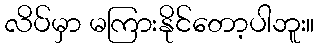
လိပ်မှာ မကြားနိုင်တော့ပါဘူး။